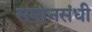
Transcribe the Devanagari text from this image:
समानसंधी